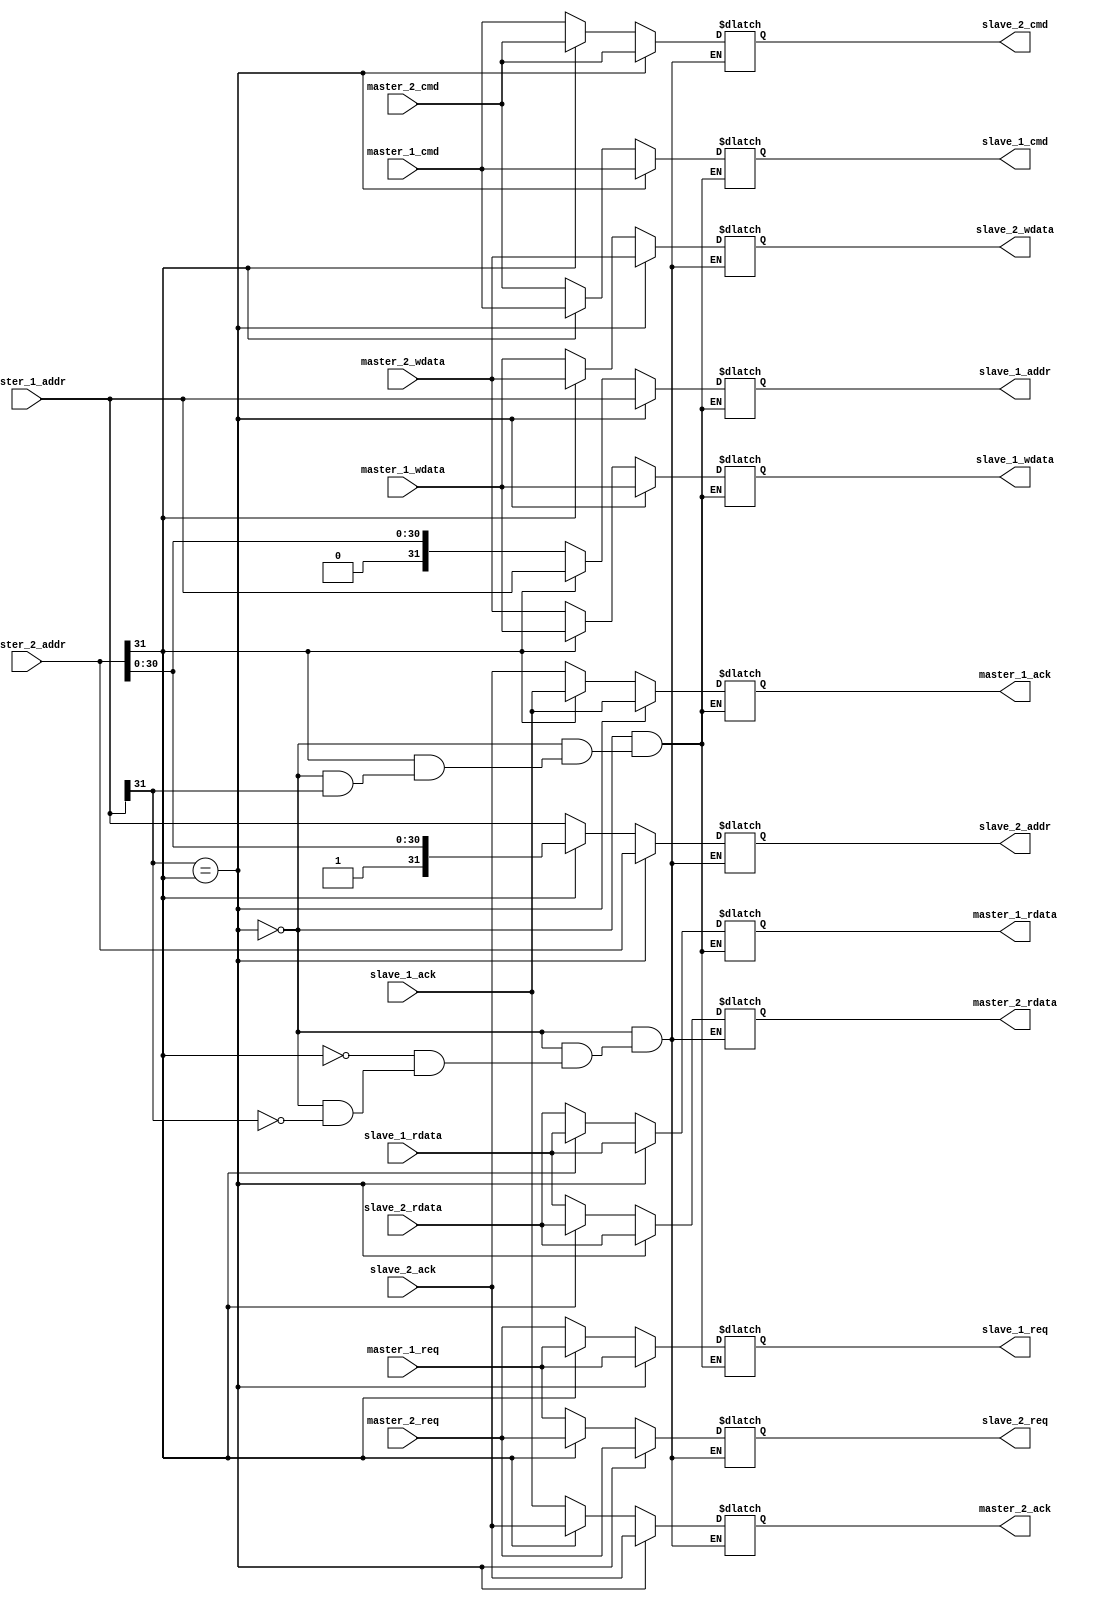
/*
  
 :
master_N -       N   (   )
slave_N  -       N   
*/
module crossbar(
input  master_1_req, 
input  master_2_req, 
input  master_1_cmd, 
input  master_2_cmd, 
input  slave_1_ack, 
input  slave_2_ack, 
input [31:0] master_1_addr, 
input [31:0] master_2_addr, 
input [31:0] master_1_wdata, 
input [31:0] master_2_wdata, 
input [31:0] slave_1_rdata, 
input [31:0] slave_2_rdata,
output slave_1_req, 
output slave_2_req, 
output slave_1_cmd, 
output slave_2_cmd, 
output master_1_ack, 
output master_2_ack,
output [31:0] slave_1_addr, 
output [31:0] slave_2_addr, 
output [31:0] master_1_rdata, 
output [31:0] master_2_rdata,
output [31:0] slave_1_wdata,
output [31:0] slave_2_wdata
);

reg [31:0] slave_addr_regs [0:1];
reg slave_req_regs [0:1];
reg slave_cmd_regs [0:1];
reg master_ack_regs [0:1];
reg [31:0] slave_wdata_regs [0:1];
reg [31:0] master_rdata_regs [0:1];

always @*
begin
   //   "slave"     round-robin
    if (master_1_addr[31] == master_2_addr[31]) begin 
	  slave_addr_regs[0] = master_1_addr;
	  slave_cmd_regs[0]  = master_1_cmd;
	  slave_req_regs[0]  = master_1_req;
	  slave_wdata_regs[0] = master_1_wdata;
	  master_ack_regs[0] = slave_1_ack;
	  master_rdata_regs[0] = slave_1_rdata;
	  slave_addr_regs[1] = master_2_addr; 
	  slave_cmd_regs[1]  = master_2_cmd;
	  slave_req_regs[1]  = master_2_req;
	  slave_wdata_regs[1] = master_2_wdata;
	  master_ack_regs[1] = slave_2_ack;
	  master_rdata_regs[1] = slave_2_rdata; 
	  end            // round-robin 	  
	   else begin
	  slave_addr_regs[master_1_addr[31]] = master_1_addr;
	  slave_cmd_regs[master_1_addr[31]]  = master_1_cmd;
	  slave_req_regs[master_1_addr[31]]  = master_1_req;
	  slave_wdata_regs[master_1_addr[31]] = master_1_wdata;
	  master_ack_regs[master_1_addr[31]] = slave_1_ack;
	  master_rdata_regs[master_1_addr[31]] = slave_1_rdata;
	  slave_addr_regs[master_2_addr[31]] = master_2_addr; 
	  slave_cmd_regs[master_2_addr[31]]  = master_2_cmd;
	  slave_req_regs[master_2_addr[31]]  = master_2_req;
	  slave_wdata_regs[master_2_addr[31]] = master_2_wdata;
	  master_ack_regs[master_2_addr[31]] = slave_2_ack;
	  master_rdata_regs[master_2_addr[31]] = slave_2_rdata;
	end
end

// 
assign slave_1_req = slave_req_regs[0];
assign slave_2_req = slave_req_regs[1];
assign slave_1_cmd = slave_cmd_regs[0];
assign slave_2_cmd = slave_cmd_regs[1];
assign master_1_ack = master_ack_regs[0];
assign master_2_ack = master_ack_regs[1];
assign slave_1_addr = slave_addr_regs[0];
assign slave_2_addr = slave_addr_regs[1];
assign slave_1_wdata = slave_wdata_regs[0];
assign slave_2_wdata = slave_wdata_regs[1];
assign master_1_rdata = master_rdata_regs[0];
assign master_2_rdata = master_rdata_regs[1];



endmodule